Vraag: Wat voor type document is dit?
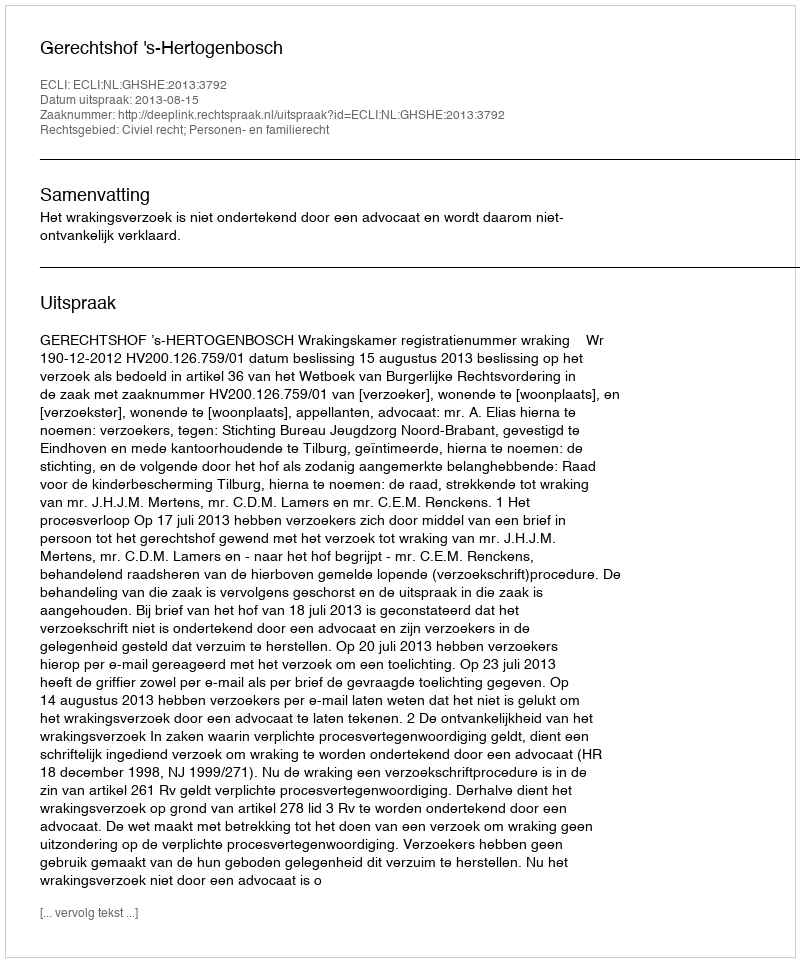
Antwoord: Uitspraak